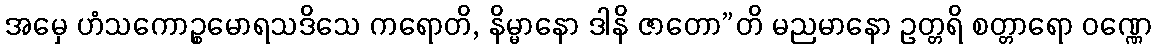
အမှေ ဟံသကောဉ္စမောရသဒိသေ ကရောတိ, နိမ္မာနော ဒါနိ ဇာတော”တိ မညမာနော ဥတ္တရိ စတ္တာရော ဝဏ္ဏေ